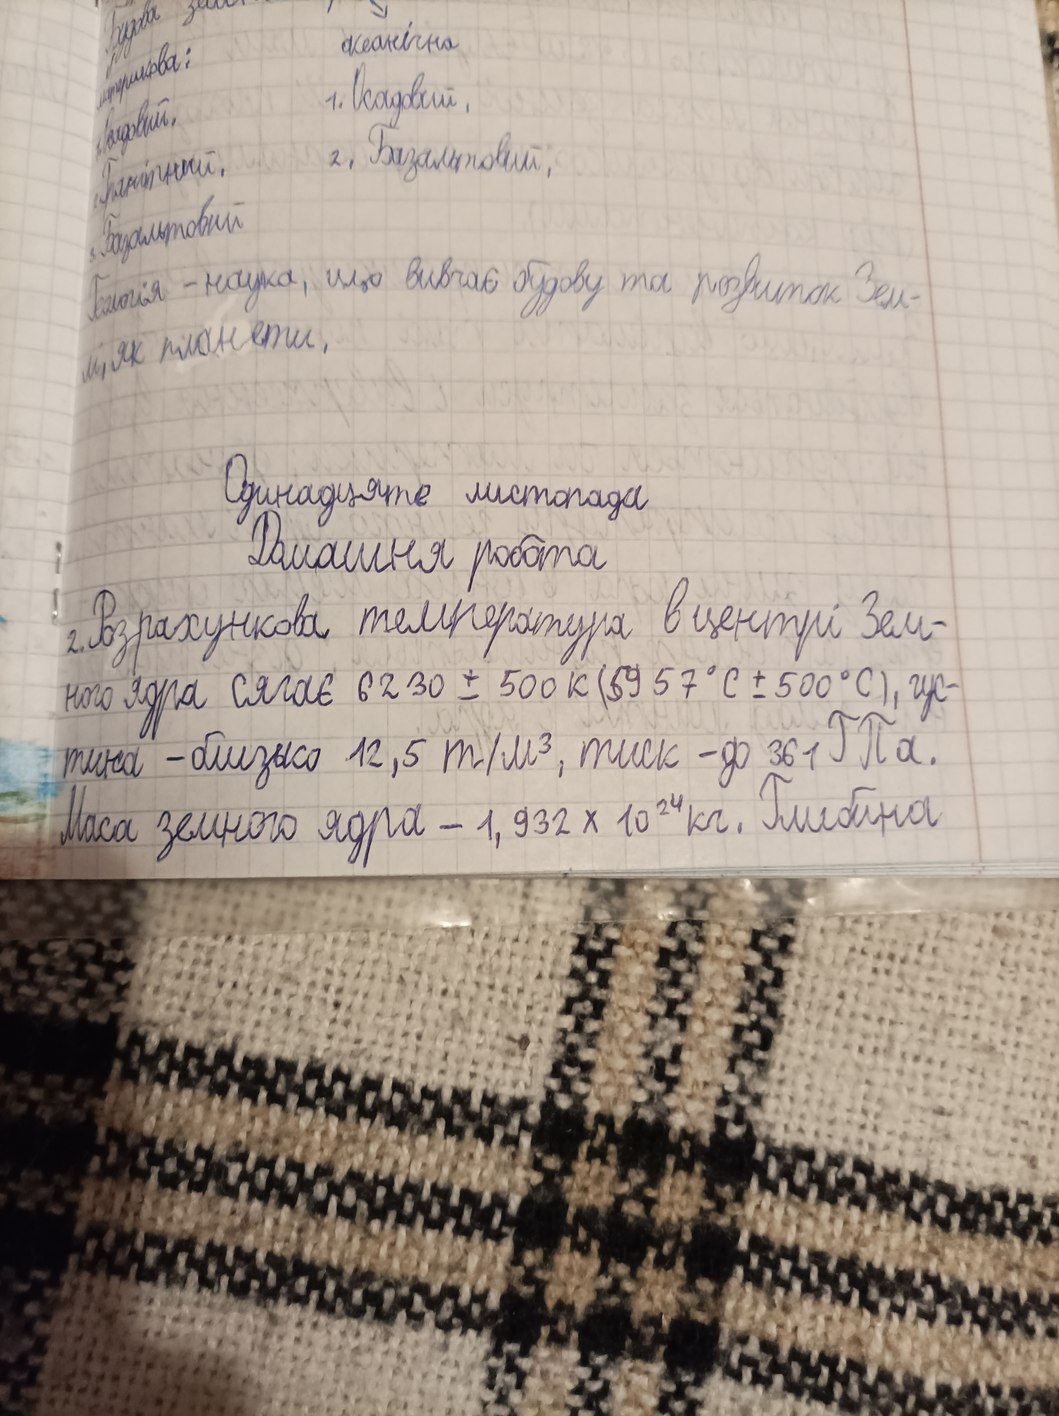
буква
землі
океанічна
[illegible]
1.Осадовий
1.Осадовий
2. Базальтовий;
2.Гранітнй
3. Базальтовий
Геологія - наука, що вивчає будову та розвиток Зем-
ми, як планети,
Одинадцяте листопада
Домашня робота
2. Розрахункова температура в центрі Зем-
ного ядра сягає 6230 ± 500 K (5957 °C ± 500 °C), гус-
тина - близько 12,5 т/м³, тиск - до 361 ГПа.
Маса земного ядра - 1,932 x 10^24 кг. Глибина